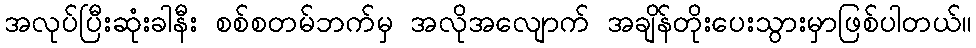
အလုပ်ပြီးဆုံးခါနီး စစ်စတမ်ဘက်မှ အလိုအလျောက် အချိန်တိုးပေးသွားမှာဖြစ်ပါတယ်။